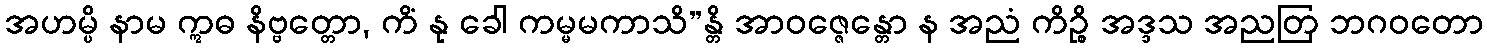
အဟမ္ပိ နာမ ဣဓ နိဗ္ဗတ္တော, ကိံ နု ခေါ ကမ္မမကာသိ”န္တိ အာဝဇ္ဇေန္တော န အညံ ကိဉ္စိ အဒ္ဒသ အညတြ ဘဂဝတော